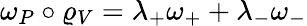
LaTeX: \omega_{P}\circ\varrho_{V}=\lambda_{+}\omega_{+}+\lambda_{-}\omega_{-}